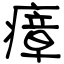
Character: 瘴